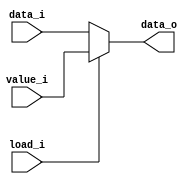
module LOADER(data_o, load_i, value_i, data_i);
	input		[5:0] value_i;
	input		[5:0] data_i;
	input 	load_i;
	output 	[5:0] data_o;
	
	wire		[5:0] value_i;
	wire		[5:0] data_i;
	wire	 	load_i;
	reg 		[5:0] data_o;
	
	always @ (data_i, load_i, value_i) begin
		if (load_i == 1'b0) data_o <= data_i;
		else data_o <= value_i;
	end
endmodule